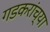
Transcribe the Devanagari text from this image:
गडकरांच्या